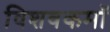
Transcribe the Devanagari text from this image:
विशवकमॉ